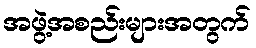
အဖွဲ့အစည်းများအတွက်